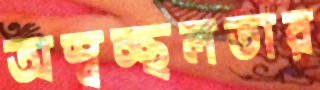
অস্বচ্ছলতার